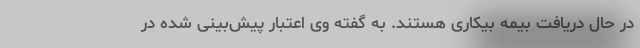
در حال دریافت بیمه بیکاری هستند. به گفته وی اعتبار پیش‌بینی شده در